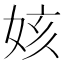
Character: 姟